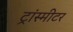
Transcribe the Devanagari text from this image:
ट्रांस्मीटर